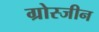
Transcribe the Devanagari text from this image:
ग्रोस्जीन